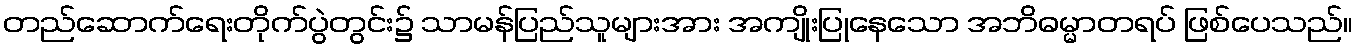
တည်ဆောက်ရေးတိုက်ပွဲတွင်း၌ သာမန်ပြည်သူများအား အကျိုးပြုနေသော အဘိဓမ္မာတရပ် ဖြစ်ပေသည်။